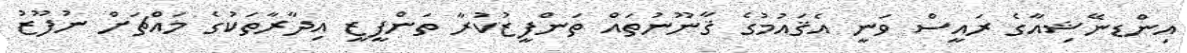
އިންޑނޭޝިއާގެ ރައީސް ވަނީ އެޤައުމުގެ ޤާނޫނުތައް ތަންފީޒުކުރާ ތަންފީޒީ އިދާރާތަކުގެ މައްޗަށް ނުފޫޒު